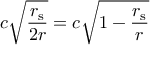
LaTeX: c { \sqrt { \frac { r _ { \mathrm { { s } } } } { 2 r } } } = c { \sqrt { 1 - { \frac { r _ { \mathrm { { s } } } } { r } } } }